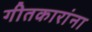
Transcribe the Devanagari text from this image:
गीतकारांना